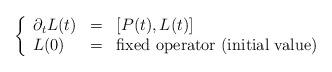
LaTeX: \begin{align*}\left\{ \begin{array}{lll} \partial_t L(t) & = & \left[ P(t), L(t) \right] \\ L(0) & = & \hbox{fixed operator (initial value)} \end{array} \right.\end{align*}